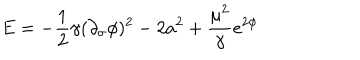
E = - \frac { 1 } 2 { \gamma } ( \partial _ { \sigma } \phi ) ^ { 2 } - 2 a ^ { 2 } + \frac { \mu ^ { 2 } } { \gamma } e ^ { 2 \phi }